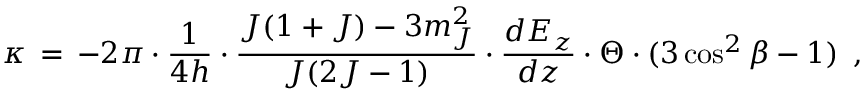
\kappa \, = \, - 2 \pi \cdot \frac { 1 } { 4 h } \cdot \frac { J ( 1 + J ) - 3 m _ { J } ^ { 2 } } { J ( 2 J - 1 ) } \cdot \frac { d E _ { z } } { d z } \cdot \Theta \cdot ( 3 \cos ^ { 2 } \beta - 1 ) \, \mathrm { ~ , ~ }